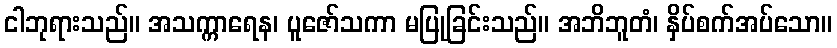
ငါဘုရားသည်။ အသက္ကာရေန၊ ပူဇော်သကာ မပြုခြင်းသည်။ အဘိဘူတံ၊ နှိပ်စက်အပ်သော။